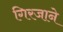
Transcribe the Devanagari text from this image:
गिरजाने